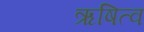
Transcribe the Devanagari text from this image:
ऋषित्व